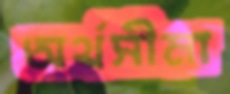
অর্থসীমা